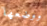
ووضعها